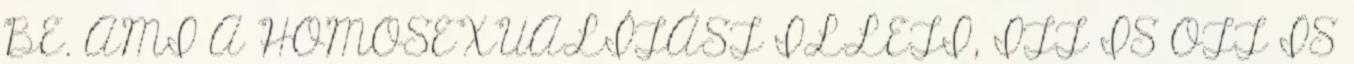
BE. AMI A HOMOSEXUALÍTÁST ILLETI, ITT IS OTT IS